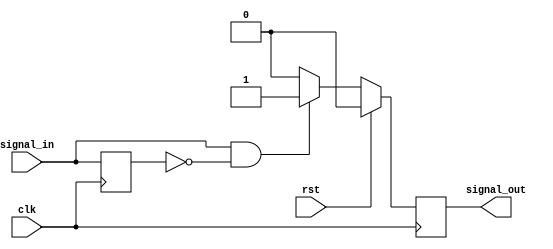
`timescale 1ns / 1ps
//////////////////////////////////////////////////////////////////////////////////
// Company:
// Engineer:
//
// Design Name:
// Module Name: Tposedge
// Project Name:
// Target Devices:
// Tool Versions:
// Description:
//
// Dependencies:
//
// Revision:
// Revision 0.01 - File Created
// Additional Comments:
//
//////////////////////////////////////////////////////////////////////////////////


module Tposedge(
input        clk        ,
input        rst        ,
input        signal_in  ,
output       signal_out
    );

reg reg_signal_out=0;

reg signal_in_l=0;
always@(posedge clk)begin
	signal_in_l <= signal_in;
end

always@(posedge clk)begin
	if(rst)begin
		reg_signal_out <= 0;
	end else if(signal_in&(!signal_in_l))begin
		reg_signal_out <= 1;
	end else begin
		reg_signal_out <= 0;
	end
end

assign signal_out = reg_signal_out;

endmodule